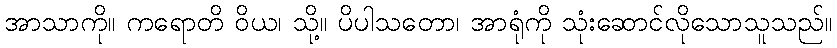
အာသာကို။ ကရောတိ ဝိယ၊ သို့။ ပိပါသတော၊ အာရုံကို သုံးဆောင်လိုသောသူသည်။